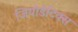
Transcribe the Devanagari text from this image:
जियोडेटिक्स